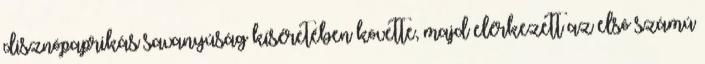
disznópaprikás savanyúság kíséretében követte, majd elérkezett az elsô számú